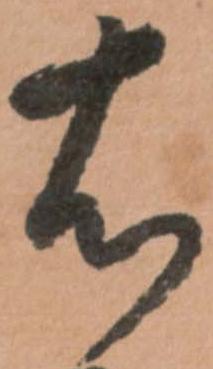
右